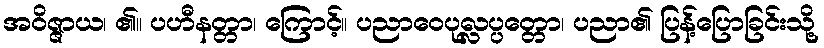
အဝိဇ္ဇာယ၊ ၏။ ပဟီနတ္တာ၊ ကြောင့်။ ပညာဝေပုလ္လပ္ပတ္တော၊ ပညာ၏ ပြန့်ပြောခြင်းသို့